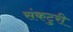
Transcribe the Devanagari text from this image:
संकटुरी